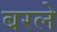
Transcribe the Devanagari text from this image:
बरले